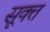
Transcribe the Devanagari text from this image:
सूक्‍त